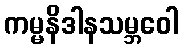
ကမ္မနိဒါနသမ္ဘဝေါ